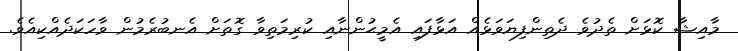
މާއިޝާ ކޮޅަށް ތެދުވެ ދެތިންފިޔަވަޅެއް އަޅާފައި އެމީޙުންނާއި ކުރިމަތިވާ ގޮތަށް އެނބުރެމުން ވާހަކަދެއްކިއެވެ.